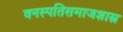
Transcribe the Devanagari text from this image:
वनस्पतिसमाजशास्त्र